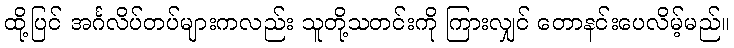
ထို့ပြင် အင်္ဂလိပ်တပ်များကလည်း သူတို့သတင်းကို ကြားလျှင် တောနင်းပေလိမ့်မည်။